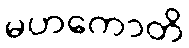
မဟကောတိ